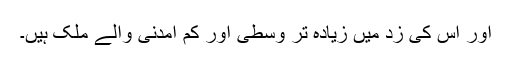
اور اس کی زد میں زیادہ تر وسطی اور کم آمدنی والے ملک ہیں۔